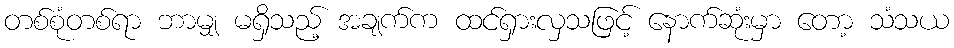
တစ်စုံတစ်ရာ ဘာမျှ မရှိသည့် အချက်က ထင်ရှားလှသဖြင့် နောက်ဆုံးမှာ တော့ သံသယ